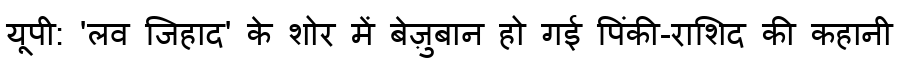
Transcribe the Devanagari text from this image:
यूपी: 'लव जिहाद' के शोर में बेज़ुबान हो गई पिंकी-राशिद की कहानी